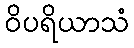
ဝိပရိယာသံ